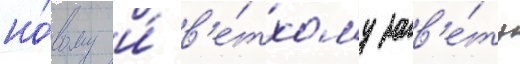
но́вому и́ в'е́тхому зав'е́ту